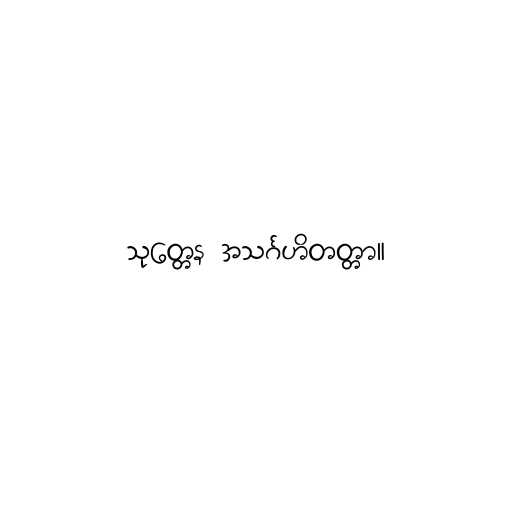
သုတ္တေန အသင်္ဂဟိတတ္တာ။